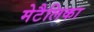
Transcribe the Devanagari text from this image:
मेटैलिका